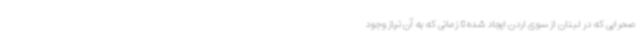
صحرایی که در لبنان از سوی اردن ایجاد شده تا زمانی که به آن نیاز وجود